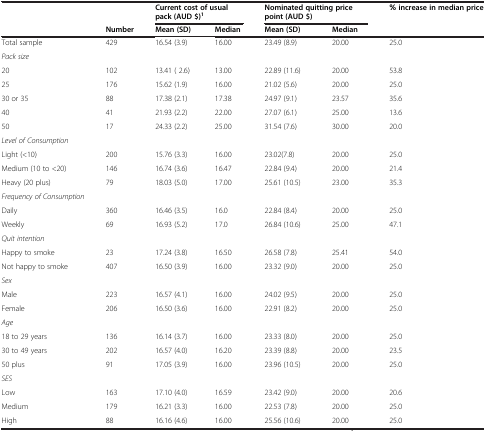
<table><thead><tr><td><b> </b></td><td><b> </b></td><td colspan="2"><b>Current cost of usual pack (AUD $)<sup>1</sup></b></td><td colspan="2"><b>Nominated quitting price point (AUD $)</b></td><td><b>% increase in median price</b></td></tr><tr><td><b> </b></td><td><b>Number</b></td><td><b>Mean (SD)</b></td><td><b>Median</b></td><td><b>Mean (SD)</b></td><td><b>Median</b></td><td><b> </b></td></tr></thead><tbody><tr><td>Total sample</td><td>429</td><td>16.54 (3.9)</td><td>16.00</td><td>23.49 (8.9)</td><td>20.00</td><td>25.0</td></tr><tr><td><i>Pack size</i></td><td> </td><td> </td><td> </td><td> </td><td> </td><td> </td></tr><tr><td>20</td><td>102</td><td>13.41 ( 2.6)</td><td>13.00</td><td>22.89 (11.6)</td><td>20.00</td><td>53.8</td></tr><tr><td>25</td><td>176</td><td>15.62 (1.9)</td><td>16.00</td><td>21.02 (5.6)</td><td>20.00</td><td>25.0</td></tr><tr><td>30 or 35</td><td>88</td><td>17.38 (2.1)</td><td>17.38</td><td>24.97 (9.1)</td><td>23.57</td><td>35.6</td></tr><tr><td>40</td><td>41</td><td>21.93 (2.2)</td><td>22.00</td><td>27.07 (6.1)</td><td>25.00</td><td>13.6</td></tr><tr><td>50</td><td>17</td><td>24.33 (2.2)</td><td>25.00</td><td>31.54 (7.6)</td><td>30.00</td><td>20.0</td></tr><tr><td><i>Level of Consumption</i></td><td> </td><td> </td><td> </td><td> </td><td> </td><td> </td></tr><tr><td>Light (&lt;10)</td><td>200</td><td>15.76 (3.3)</td><td>16.00</td><td>23.02(7.8)</td><td>20.00</td><td>25.0</td></tr><tr><td>Medium (10 to &lt;20)</td><td>146</td><td>16.74 (3.6)</td><td>16.47</td><td>22.84 (9.4)</td><td>20.00</td><td>21.4</td></tr><tr><td>Heavy (20 plus)</td><td>79</td><td>18.03 (5.0)</td><td>17.00</td><td>25.61 (10.5)</td><td>23.00</td><td>35.3</td></tr><tr><td><i>Frequency of Consumption</i></td><td> </td><td> </td><td> </td><td> </td><td> </td><td> </td></tr><tr><td>Daily</td><td>360</td><td>16.46 (3.5)</td><td>16.0</td><td>22.84 (8.4)</td><td>20.00</td><td>25.0</td></tr><tr><td>Weekly</td><td>69</td><td>16.93 (5.2)</td><td>17.0</td><td>26.84 (10.6)</td><td>25.00</td><td>47.1</td></tr><tr><td><i>Quit intention</i></td><td> </td><td> </td><td> </td><td> </td><td> </td><td> </td></tr><tr><td>Happy to smoke</td><td>23</td><td>17.24 (3.8)</td><td>16.50</td><td>26.58 (7.8)</td><td>25.41</td><td>54.0</td></tr><tr><td>Not happy to smoke</td><td>407</td><td>16.50 (3.9)</td><td>16.00</td><td>23.32 (9.0)</td><td>20.00</td><td>25.0</td></tr><tr><td><i>Sex</i></td><td> </td><td> </td><td> </td><td> </td><td> </td><td> </td></tr><tr><td>Male</td><td>223</td><td>16.57 (4.1)</td><td>16.00</td><td>24.02 (9.5)</td><td>20.00</td><td>25.0</td></tr><tr><td>Female</td><td>206</td><td>16.50 (3.6)</td><td>16.00</td><td>22.91 (8.2)</td><td>20.00</td><td>25.0</td></tr><tr><td><i>Age</i></td><td> </td><td> </td><td> </td><td> </td><td> </td><td> </td></tr><tr><td>18 to 29 years</td><td>136</td><td>16.14 (3.7)</td><td>16.00</td><td>23.33 (8.0)</td><td>20.00</td><td>25.0</td></tr><tr><td>30 to 49 years</td><td>202</td><td>16.57 (4.0)</td><td>16.20</td><td>23.39 (8.8)</td><td>20.00</td><td>23.5</td></tr><tr><td>50 plus</td><td>91</td><td>17.05 (3.9)</td><td>16.00</td><td>23.96 (10.5)</td><td>20.00</td><td>25.0</td></tr><tr><td><i>SES</i></td><td> </td><td> </td><td> </td><td> </td><td> </td><td> </td></tr><tr><td>Low</td><td>163</td><td>17.10 (4.0)</td><td>16.59</td><td>23.42 (9.0)</td><td>20.00</td><td>20.6</td></tr><tr><td>Medium</td><td>179</td><td>16.21 (3.3)</td><td>16.00</td><td>22.53 (7.8)</td><td>20.00</td><td>25.0</td></tr><tr><td>High</td><td>88</td><td>16.16 (4.6)</td><td>16.00</td><td>25.56 (10.6)</td><td>20.00</td><td>25.0</td></tr></tbody></table>